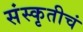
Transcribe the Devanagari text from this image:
संस्कृतीचं